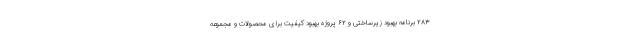
۲۸۳ برنامه بهبود زیرساختی و ۶۲ پروژه بهبود کیفیت برای محصولات و مجموعه